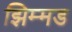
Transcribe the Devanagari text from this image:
झिम्मड